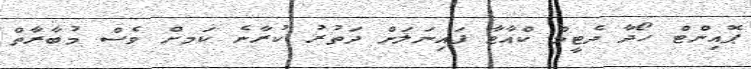
ޕޮއިންޓް ހޯދާ ދެޓީމް ކްއާޓާ ފައިނަލަށް ދަތުރު ކުރާނެ ކަމށް ވެސް މުބާރާތް